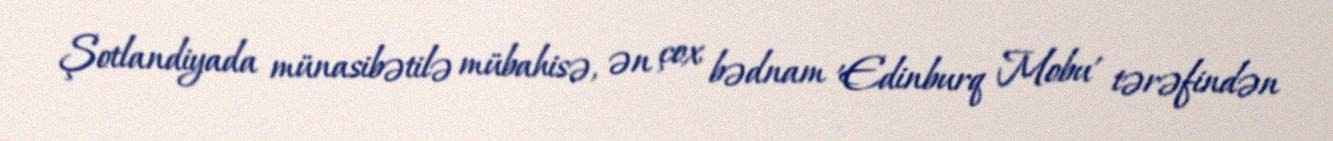
Şotlandiyada münasibətilə mübahisə, ən çox bədnam 'Edinburq Mobu' tərəfindən